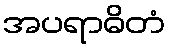
အပရာဓိတံ